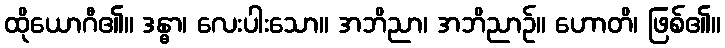
ထိုယောဂီ၏။ ဒန္ဓာ၊ လေးပါးသော။ အဘိညာ၊ အဘိညာဉ်။ ဟောတိ၊ ဖြစ်၏။